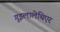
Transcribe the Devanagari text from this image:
गुइलालेथिएर